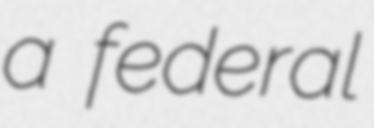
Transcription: a federal